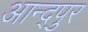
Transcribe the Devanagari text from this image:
आन्द्पुर